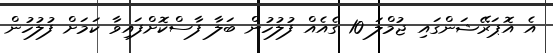
އެ އޮޕަރޭޝަންގައި ޖުމްލަ 10 ގެއެއް ފުލުހުން ބަލާ ފާސްކޮށްފައިވާ ކަމަށް ފުލުހުން